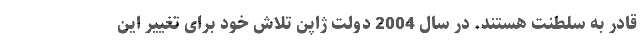
قادر به سلطنت هستند. در سال 2004 دولت ژاپن تلاش خود برای تغییر این